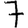
Digit: 7